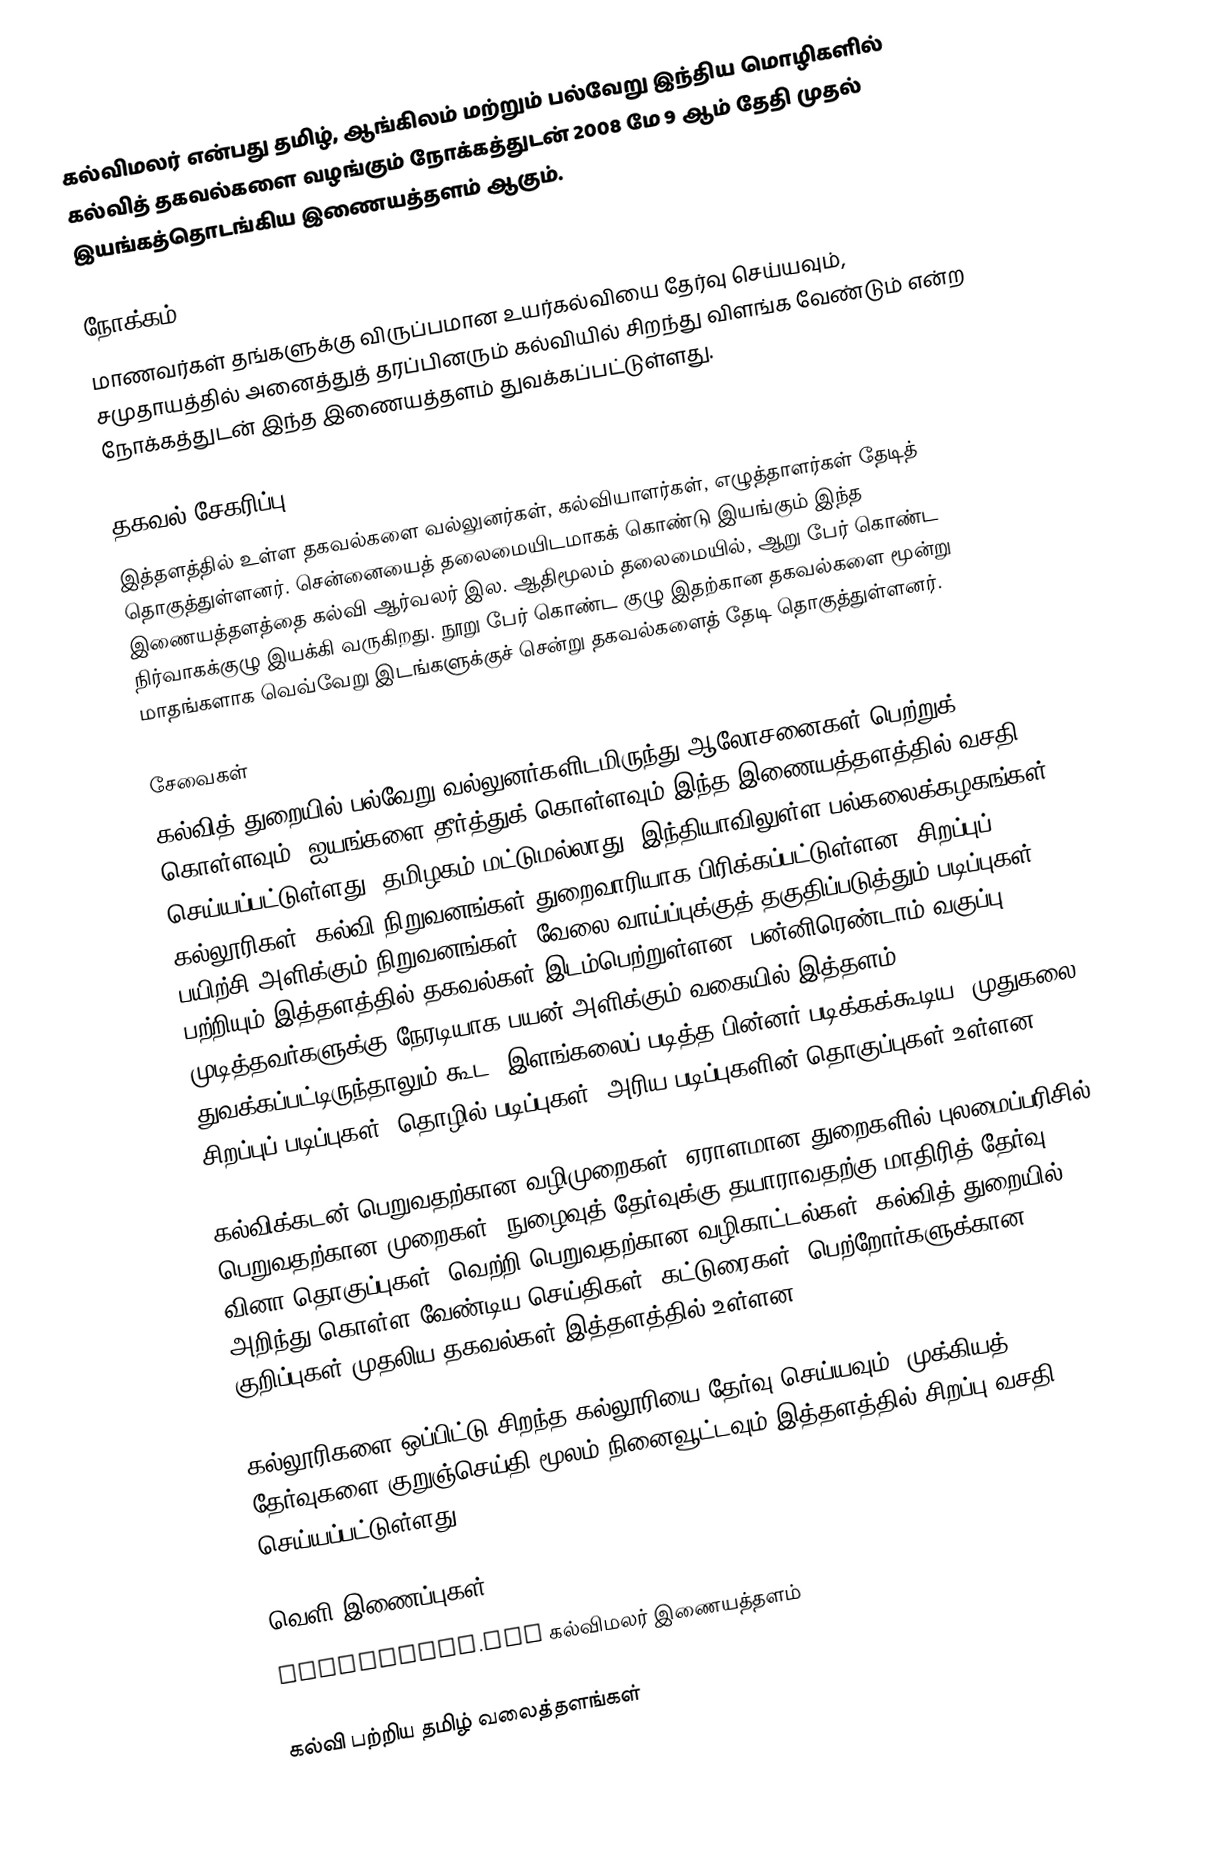
கல்விமலர் என்பது தமிழ், ஆங்கிலம் மற்றும் பல்வேறு இந்திய மொழிகளில் கல்வித் தகவல்களை வழங்கும் நோக்கத்துடன் 2008 மே 9 ஆம் தேதி முதல் இயங்கத்தொடங்கிய இணையத்தளம் ஆகும்.

நோக்கம்
மாணவர்கள் தங்களுக்கு விருப்பமான உயர்கல்வியை தேர்வு செய்யவும், சமுதாயத்தில் அனைத்துத் தரப்பினரும் கல்வியில் சிறந்து விளங்க வேண்டும் என்ற நோக்கத்துடன் இந்த இணையத்தளம் துவக்கப்பட்டுள்ளது.

தகவல் சேகரிப்பு
இத்தளத்தில் உள்ள தகவல்களை வல்லுனர்கள், கல்வியாளர்கள், எழுத்தாளர்கள் தேடித் தொகுத்துள்ளனர். சென்னையைத் தலைமையிடமாகக் கொண்டு இயங்கும் இந்த இணையத்தளத்தை கல்வி ஆர்வலர் இல. ஆதிமூலம் தலைமையில், ஆறு பேர் கொண்ட நிர்வாகக்குழு இயக்கி வருகிறது. நூறு பேர் கொண்ட குழு இதற்கான தகவல்களை மூன்று மாதங்களாக வெவ்வேறு இடங்களுக்குச் சென்று தகவல்களைத் தேடி தொகுத்துள்ளனர்.

சேவைகள்
கல்வித் துறையில் பல்வேறு வல்லுனர்களிடமிருந்து ஆலோசனைகள் பெற்றுக் கொள்ளவும், ஐயங்களை  தீர்த்துக் கொள்ளவும் இந்த இணையத்தளத்தில் வசதி செய்யப்பட்டுள்ளது.  தமிழகம் மட்டுமல்லாது, இந்தியாவிலுள்ள பல்கலைக்கழகங்கள், கல்லூரிகள், கல்வி நிறுவனங்கள் துறைவாரியாக பிரிக்கப்பட்டுள்ளன. சிறப்புப் பயிற்சி அளிக்கும் நிறுவனங்கள், வேலை வாய்ப்புக்குத் தகுதிப்படுத்தும் படிப்புகள் பற்றியும் இத்தளத்தில் தகவல்கள் இடம்பெற்றுள்ளன. பன்னிரெண்டாம் வகுப்பு முடித்தவர்களுக்கு நேரடியாக பயன் அளிக்கும் வகையில் இத்தளம் துவக்கப்பட்டிருந்தாலும் கூட, இளங்கலைப் படித்த பின்னர் படிக்கக்கூடிய, முதுகலை, சிறப்புப் படிப்புகள், தொழில் படிப்புகள், அரிய படிப்புகளின் தொகுப்புகள் உள்ளன.

கல்விக்கடன் பெறுவதற்கான வழிமுறைகள், ஏராளமான துறைகளில் புலமைப்பரிசில் பெறுவதற்கான முறைகள், நுழைவுத் தேர்வுக்கு தயாராவதற்கு மாதிரித் தேர்வு, வினா தொகுப்புகள், வெற்றி பெறுவதற்கான வழிகாட்டல்கள், கல்வித் துறையில் அறிந்து கொள்ள வேண்டிய செய்திகள், கட்டுரைகள், பெற்றோர்களுக்கான குறிப்புகள் முதலிய தகவல்கள் இத்தளத்தில் உள்ளன.

கல்லூரிகளை ஒப்பிட்டு சிறந்த கல்லூரியை தேர்வு செய்யவும், முக்கியத் தேர்வுகளை குறுஞ்செய்தி மூலம் நினைவூட்டவும் இத்தளத்தில் சிறப்பு வசதி செய்யப்பட்டுள்ளது.

வெளி இணைப்புகள்
 kalvimalar.com கல்விமலர் இணையத்தளம்

கல்வி பற்றிய தமிழ் வலைத்தளங்கள்